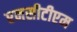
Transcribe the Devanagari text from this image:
एनसीटीएम